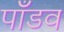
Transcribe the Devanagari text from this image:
पाँडव